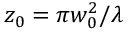
z _ { 0 } = \pi w _ { 0 } ^ { 2 } / \lambda